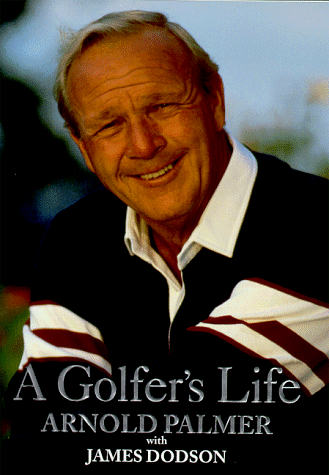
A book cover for A Golfer's Life; Arnold Palmer; Sports & Outdoors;